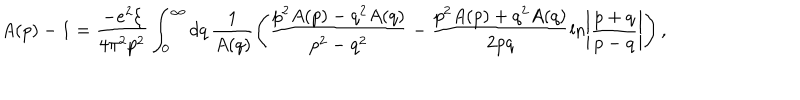
A ( p ) - 1 = \frac { - e ^ { 2 } \xi } { 4 \pi ^ { 2 } p ^ { 2 } } \int _ { 0 } ^ { \infty } d q \, \frac { 1 } { A ( q ) } \left( \frac { p ^ { 2 } A ( p ) - q ^ { 2 } A ( q ) } { p ^ { 2 } - q ^ { 2 } } - \frac { p ^ { 2 } A ( p ) + q ^ { 2 } A ( q ) } { 2 p q } \ln \left| \frac { p + q } { p - q } \right| \right) ,